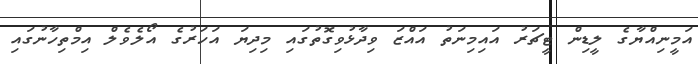
އަމީނިއްޔާގެ ލީޑިން ޓީޗަރު އައިމިނަތު އައްޒަ ވިދާޅުވިގޮތުގައި މިދިޔަ އަހަރުގެ އޯލެވެލް އިމްތިހާނުގައި